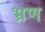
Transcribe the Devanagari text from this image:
भ्रण